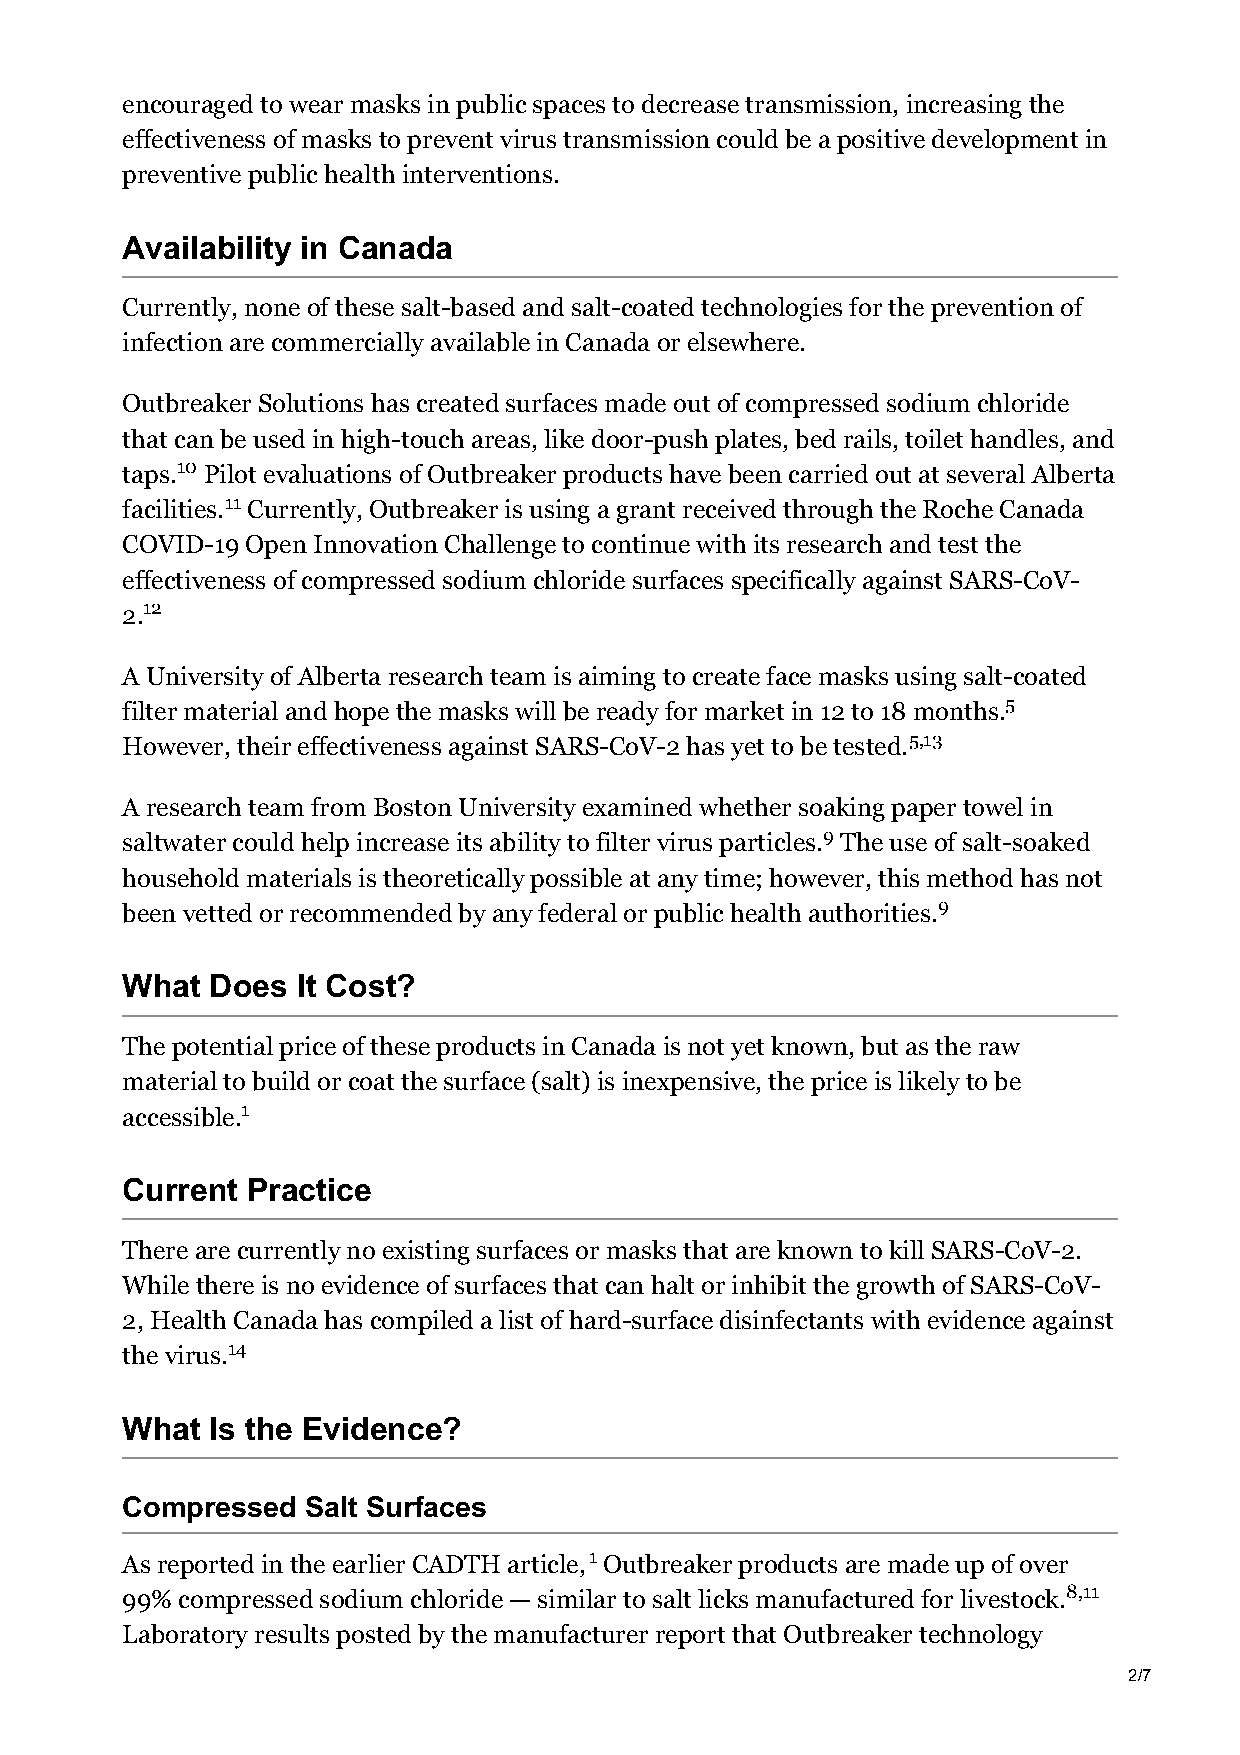
encouraged to wear masks in public spaces to decrease transmission, increasing the
 effectiveness of masks to prevent virus transmission could be a positive development in
 preventive public health interventions.
 Availability in Canada
 Currently, none of these salt-based and salt-coated technologies for the prevention of
 infection are commercially available in Canada or elsewhere.
 Outbreaker Solutions has created surfaces made out of compressed sodium chloride
 that can be used in high-touch areas, like door-push plates, bed rails, toilet handles, and
 taps.10 Pilot evaluations of Outbreaker products have been carried out at several Alberta
 facilities.11 Currently, Outbreaker is using a grant received through the Roche Canada
 COVID-19 Open Innovation Challenge to continue with its research and test the
 effectiveness of compressed sodium chloride surfaces specifically against SARS-CoV-
 2.12
 A University of Alberta research team is aiming to create face masks using salt-coated
 filter material and hope the masks will be ready for market in 12 to 18 months.5
 However, their effectiveness against SARS-CoV-2 has yet to be tested.5,13
 A research team from Boston University examined whether soaking paper towel in
 saltwater could help increase its ability to filter virus particles.9 The use of salt-soaked
 household materials is theoretically possible at any time; however, this method has not
 been vetted or recommended by any federal or public health authorities.9
 What  Does  It Cost?
 The potential price of these products in Canada is not yet known, but as the raw
 material to build or coat the surface (salt) is inexpensive, the price is likely to be
 accessible.1
 Current Practice
 There are currently no existing surfaces or masks that are known to kill SARS-CoV-2.
 While there is no evidence of surfaces that can halt or inhibit the growth of SARS-CoV-
 2, Health Canada has compiled a list of hard-surface disinfectants with evidence against
 the virus.14
 What  Is the Evidence?
 Compressed  Salt Surfaces
 As reported in the earlier CADTH article,1 Outbreaker products are made up of over
 99% compressed sodium chloride — similar to salt licks manufactured for livestock.8,11
 Laboratory results posted by the manufacturer report that Outbreaker technology
 2/7